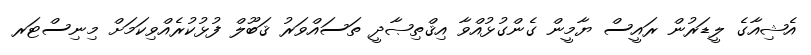
އެޝިއާގެ ލީޑަރުން ރައީސް ޔާމީން ގެންގުޅުއްވާ އިޤްތިޞާދީ ތަސައްވަރު ޤަބޫލް ފުޅުކުރެއްވިކަމަށް މިނިސްޓަރ